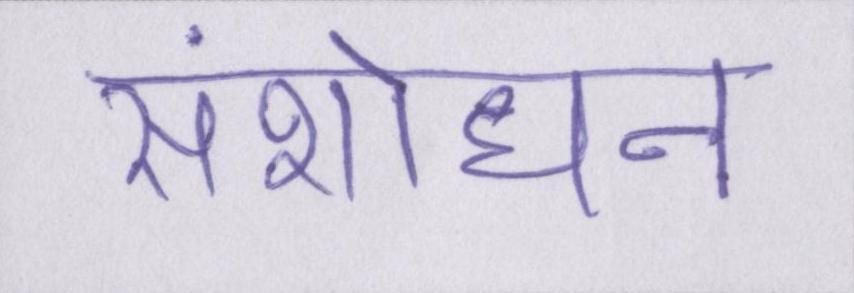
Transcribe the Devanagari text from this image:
संशोधन